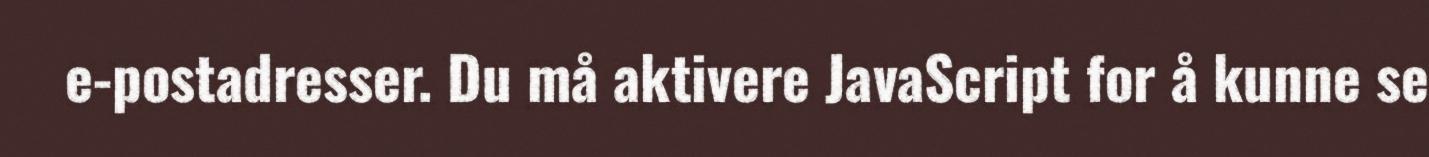
e-postadresser. Du må aktivere JavaScript for å kunne se